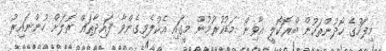
މިފަހުގެ ހޯދުންތަކުން ބްރޮކޮލީ އާވިން މަޑުކުރުމުން މީގައި އެކުލެވިގެންވާ ފައިދާތައް ރޮލަށް ހުންނައިރު